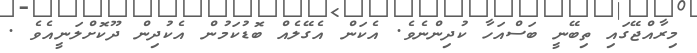
މިރާއްޖޭގައި ތިބޭނީ ބަސްއަހާ ކުދިންނެވެ. އެކަން އެގޭލެއް ބޮޑުކަމުން އެކުދިން ދޫކޮށްލަނީއެވެ .